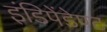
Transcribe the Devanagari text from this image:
इंडिपेंडेण्ट